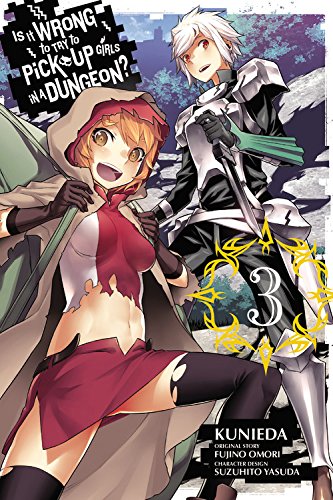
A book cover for Is It Wrong to Try to Pick Up Girls in a Dungeon?, Vol. 3 (manga) (Is It Wrong to Try to Pick Up Girls in a Dungeon (manga)); Fujino Omori; Teen & Young Adult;